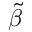
\tilde { \beta }